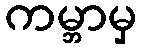
ကမ္ဘာမှ